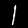
Digit: 1